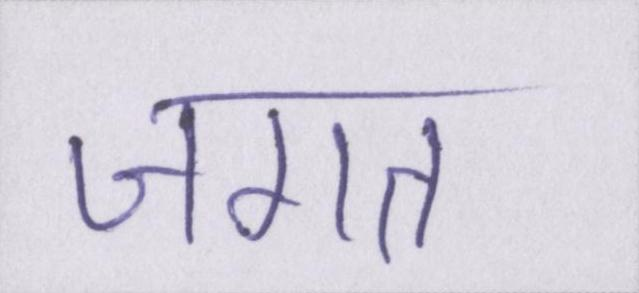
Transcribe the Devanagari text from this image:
जगत